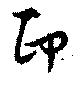
印